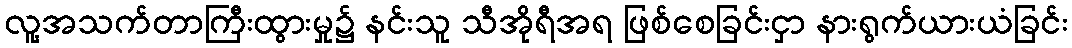
လူ့အသက်တာကြီးထွားမှု၌ နင်းသူ သီအိုရီအရ ဖြစ်စေခြင်းငှာ နားရွက်ယားယံခြင်း